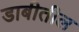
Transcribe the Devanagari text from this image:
डाबीतील